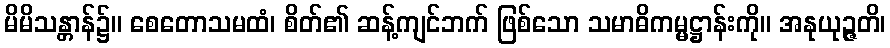
မိမိသန္တာန်၌။ စေတောသမထံ၊ စိတ်၏ ဆန့်ကျင်ဘက် ဖြစ်သော သမာဓိကမ္မဋ္ဌာန်းကို။ အနုယုဉ္ဇတိ၊